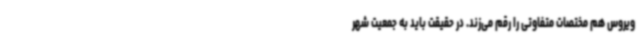
ویروس هم مختصات متفاوتی را رقم می‌زند. در حقیقت باید به جمعیت شهر